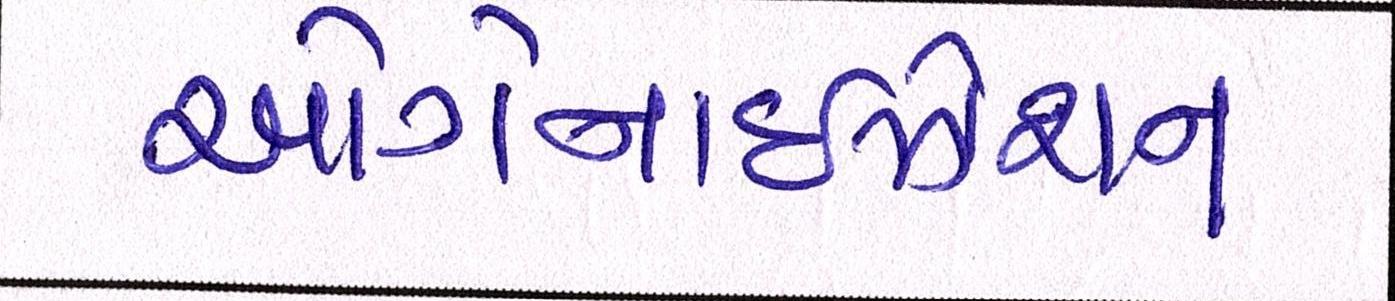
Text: ઓર્ગેનાઈઝેશન